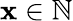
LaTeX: \mathbf{x}\in\mathbb{{N}}